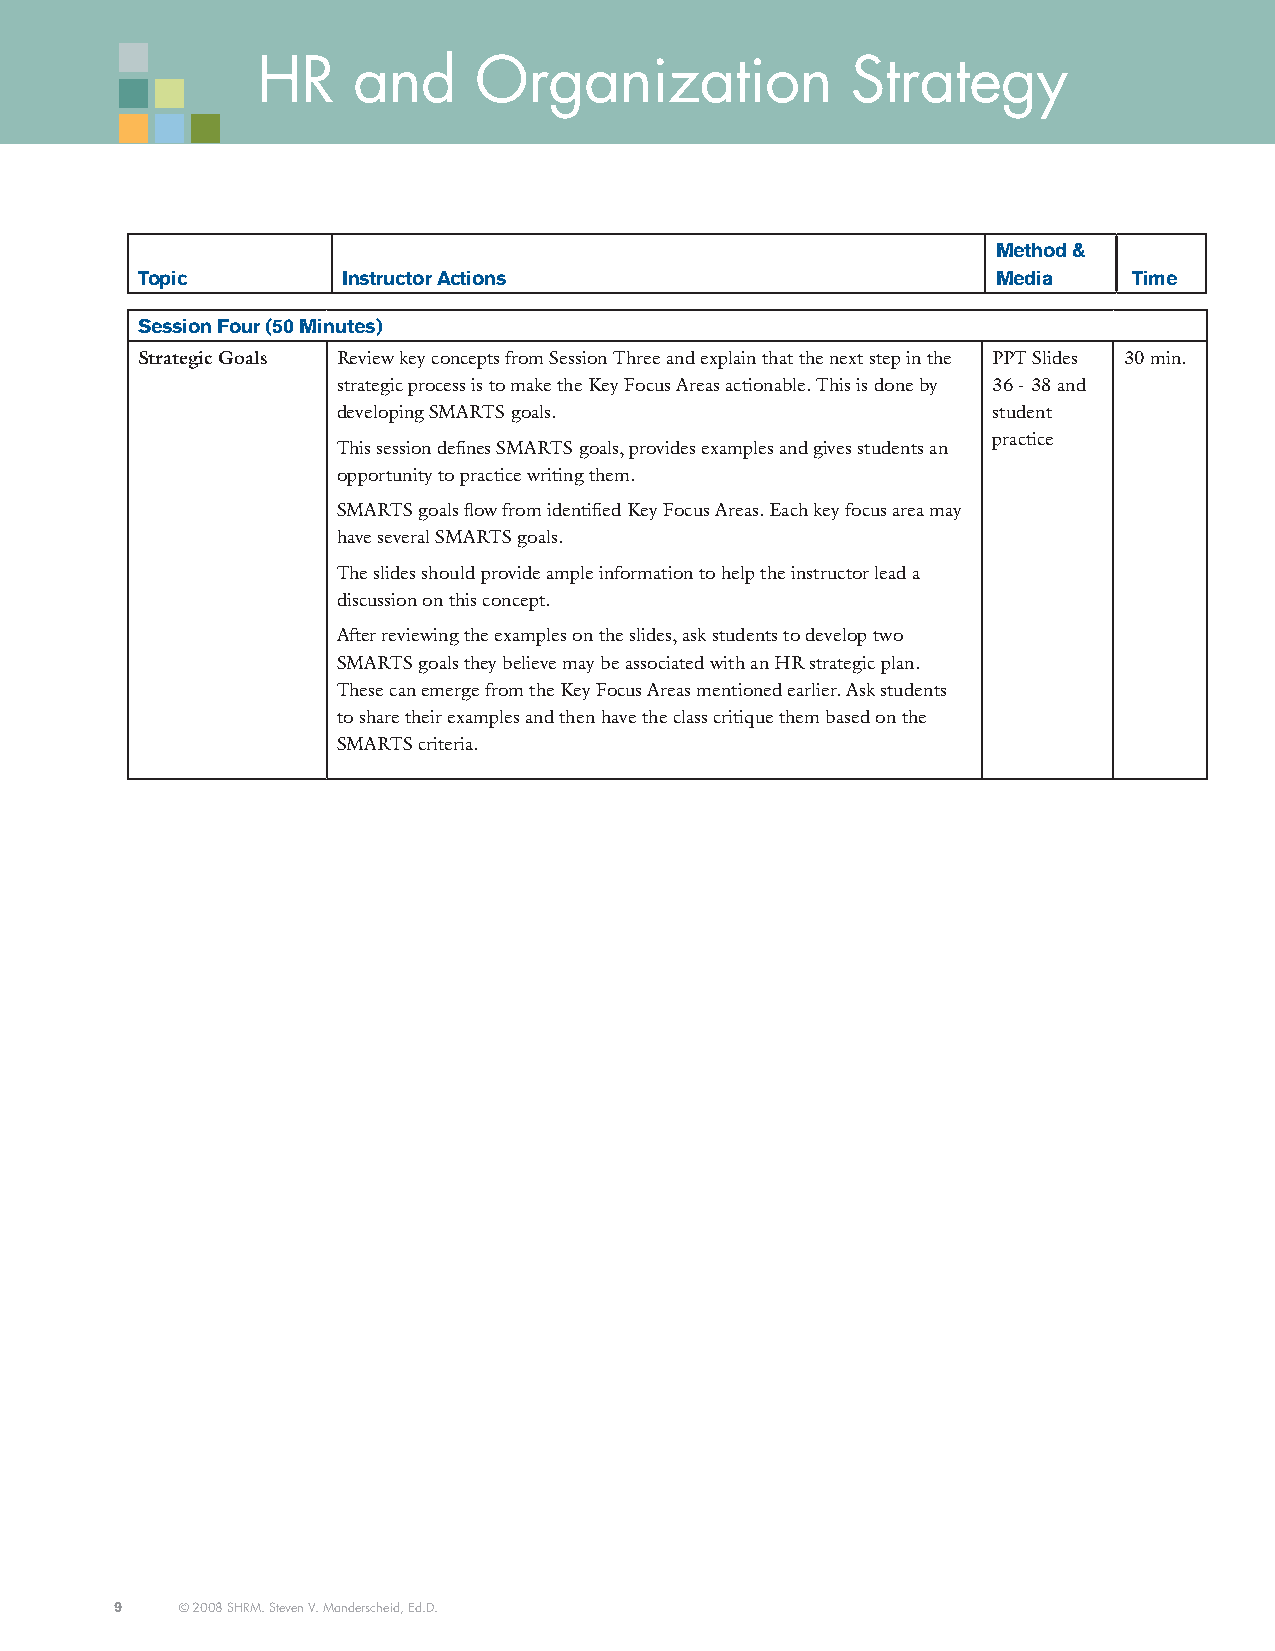
HR    and     Organization             Strategy
 Method &
 topic         instructor actions                         Media    time
 Session Four (50 Minutes)
 Strategic Goals Review key concepts from Session Three and explain that the next step in the PPT Slides 30 min.
 strategic process is to make the Key Focus Areas actionable. This is done by 36 - 38 and
 developing SMARTS goals.                    student
 practice
 This session defines SMARTS goals, provides examples and gives students an
 opportunity to practice writing them.
 SMARTS goals flow from identified Key Focus Areas. Each key focus area may
 have several SMARTS goals.
 The slides should provide ample information to help the instructor lead a
 discussion on this concept.
 After reviewing the examples on the slides, ask students to develop two
 SMARTS goals they believe may be associated with an HR strategic plan.
 These can emerge from the Key Focus Areas mentioned earlier. Ask students
 to share their examples and then have the class critique them based on the
 SMARTS criteria.
 9   © 2008 SHRM. Steven V. Manderscheid, Ed.D.